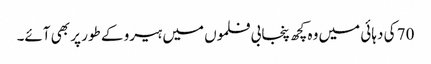
70 کی دہائی میں وہ کچھ پنجابی فلموں میں ہیرو کے طور پر بھی آئے۔